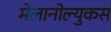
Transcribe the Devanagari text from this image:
मेलानोल्युकस